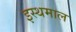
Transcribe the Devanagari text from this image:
इस्थमाल